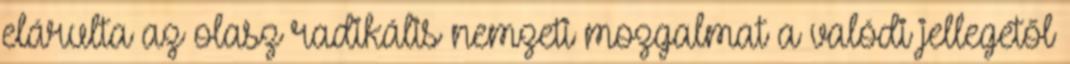
elárulta az olasz radikális nemzeti mozgalmat a valódi jellegétől